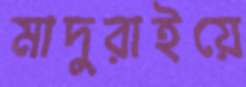
মাদুরাইয়ে